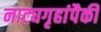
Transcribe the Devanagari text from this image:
नाट्यगृहांपैकी